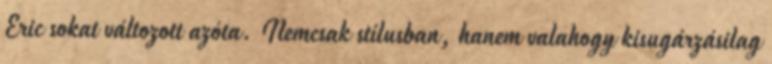
Eric sokat változott azóta. Nemcsak stílusban, hanem valahogy kisugárzásilag